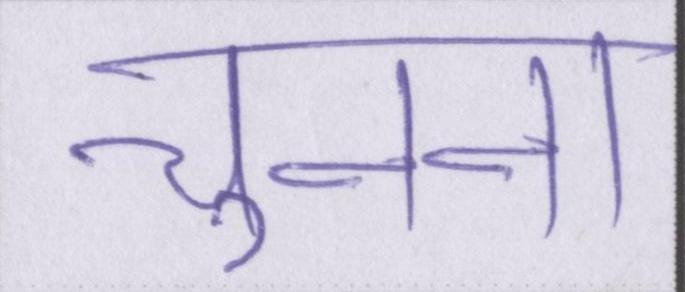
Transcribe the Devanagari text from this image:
चुनना